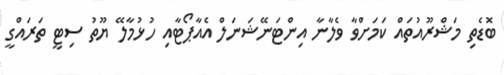
ބޮޑެތި މަޝްރޫއުތައް ކަމަށްވާ ވެލާނާ އިންޓަނޭޝަނަލް އެއާޕޯޓާއި ހުޅުމާލޭ ޔޫތު ސިޓީ ތަރައްގީ